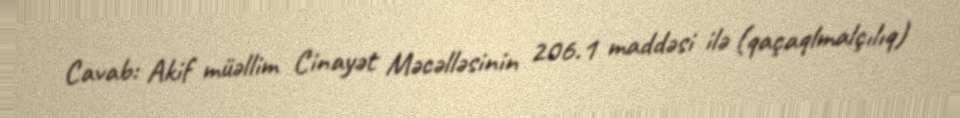
Cavab: Akif müəllim Cinayət Məcəlləsinin 206.1 maddəsi ilə (qaçaqlmalçılıq)